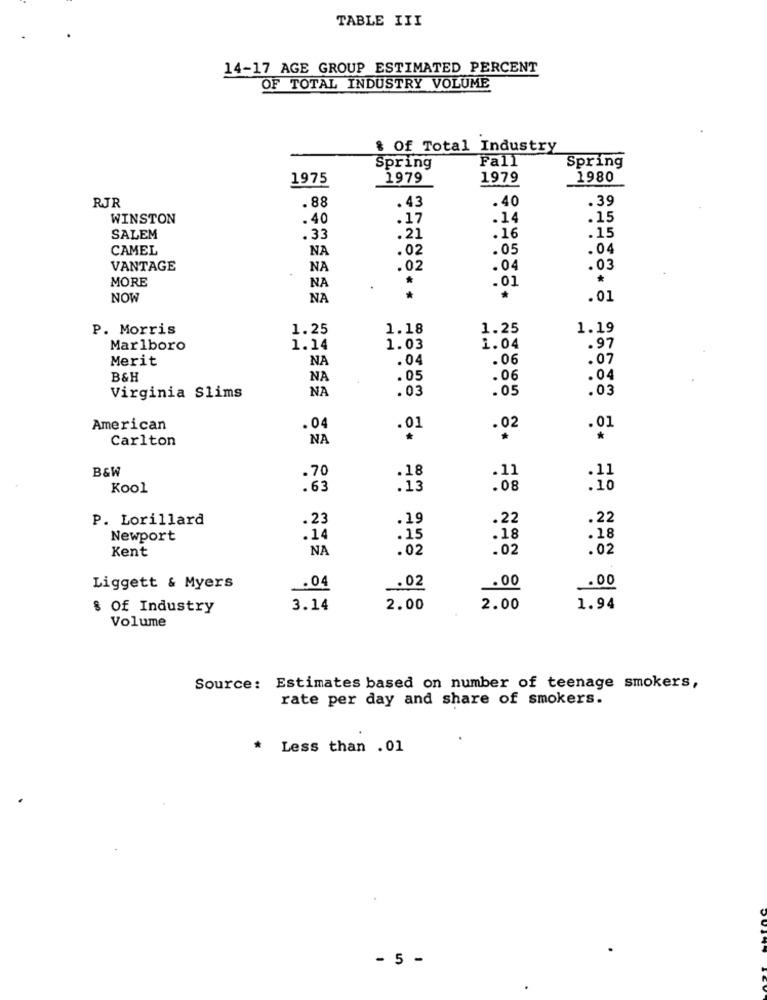
TABLE III
14-17 AGE GROUP ESTIMATED PERCENT
OF TOTAL INDUSTRY VOLUME
& Of Total Industry
Fall
Spring
Spring
1975
1979
1979
1980
. 88
.40
. 39
RJR
. 43
WINSTON
. 40
.17
.14
.15
. 21
.15
SALEM
. 33
.16
CAMEL
NA
.02
.05
.04
VANTAGE
NA
.02
.04
.03
MORE
*
NA
.01
NOW
NA
*
.01
P. Morris
1.25
1.18
1.25
1.19
Marlboro
1.14
1.03
1.04
.97
Merit
NA
.04
.06
.07
B&H
NA
.05
.06
.04
NA
.03
.03
Virginia Slims
.05
American
.04
. 02
.01
Carlton
NA
B&W
.18
.11
.11
.70
Kool
.63
.13
.08
.10
P. Lorillard
.23
.19
.22
.22
Newport
14
.15
.18
.18
Kent
NA
.02
.02
.02
.00
Liggett & Myers
.04
.02
.00
% Of Industry
3.14
2.00
2.00
1.94
Volume
Source: Estimates based on number of teenage smokers,
rate per day and share of smokers.
Less than .01
- 5 -